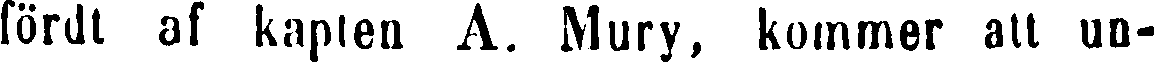
fördt af kapten A. Mury, kommer all un-